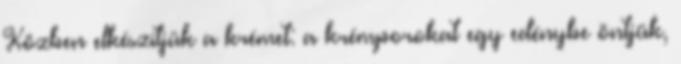
Közben elkészítjük a krémet: a krémporokat egy edénybe öntjük,